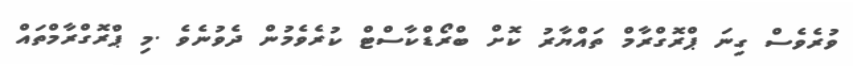
ވުރެވެސް ގިނަ ޕްރޮގްރާމް ތައްޔާރު ކޮށް ބްރޯޑްކާސްޓް ކުރެވެމުން ދެވުނެވެ .މި ޕްރޮގްރާމްތައް